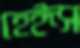
হেইন্স